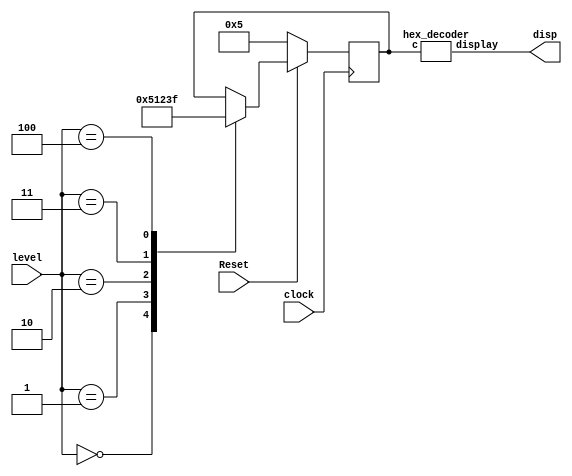


module lvlhex(input Reset, input clock, input [2:0] level, output wire [6:0] disp);

reg [3:0] In;


always@(posedge clock)

begin
if (!Reset) begin
     In<=4'b0101;

end
else begin
case(level)

3'b000: In <= 4'b0101;
3'b001: In <= 4'b0001;
3'b010: In <= 4'b0010;
3'b011: In <= 4'b0011;
3'b100: In <= 4'b1111;

endcase
end

end








hex_decoder hexD(In,disp);

endmodule



//7-segment decoder for a single HEX display
module hex_decoder (c,display);
      input [3:0]c;
		output [6:0]display;
		wire m0, m1, m2, m3, m4, m5, m6, m7, m8, m9, m10, m11, m12, m13, m14, m15 ;
		
		assign m0 = ~c[3]& ~c[2]& ~c[1]& ~c[0];
		assign m1 = ~c[3]& ~c[2]& ~c[1]& c[0];
		assign m2 = ~c[3]& ~c[2]& c[1]& ~c[0];
		assign m3 = ~c[3]& ~c[2]& c[1]& c[0];
		
		assign m4 = ~c[3]& c[2]& ~c[1]& ~c[0];
		assign m5 = ~c[3]& c[2]& ~c[1]& c[0];
		assign m6 = ~c[3]& c[2]& c[1]& ~c[0];
		assign m7 = ~c[3]& c[2]& c[1]& c[0];
		
		assign m8 = c[3]& ~c[2]& ~c[1]& ~c[0];
		assign m9 = c[3]& ~c[2]& ~c[1]& c[0];
		assign m10 = c[3]& ~c[2]& c[1]& ~c[0];
		assign m11 = c[3]& ~c[2]& c[1]& c[0];
		

		assign m12 = c[3]& c[2]& ~c[1]& ~c[0];
		assign m13 = c[3]& c[2]& ~c[1]& c[0];
		assign m14 = c[3]& c[2]& c[1]& ~c[0];
		assign m15 = c[3]& c[2]& c[1]& c[0];
		
		assign display[0]= ~(m0| m2| m3| m5| m6| m7| m8| m9| m10| m12| m14| m15) ;
		
		assign display[1]= ~(m0| m1| m2| m3| m4| m7| m8| m9| m10| m13) ;
		
		assign display[2]= ~(m0| m1| m3| m4| m5| m6| m7| m8| m9| m10| m11| m13) ;
		
		assign display[3]= ~(m0| m2| m3| m5| m6| m8| m9| m11| m12| m13| m14) ;
		
		assign display[4]= ~(m0| m2| m6| m8| m10| m11| m12| m13| m14| m15) ;
		
		assign display[5]= ~(m0| m4| m5| m6| m8| m9| m10| m11| m12| m14| m15) ;
		
		assign display[6]= ~(m2| m3| m4| m5| m6| m8| m9| m10| m11| m13| m14| m15) ;
		
		
endmodule